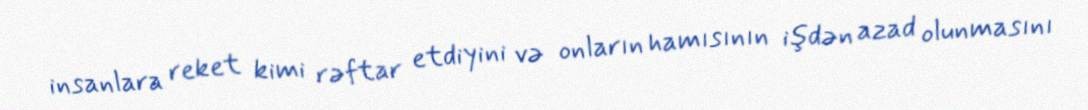
insanlara reket kimi rəftar etdiyini və onların hamısının işdən azad olunmasını